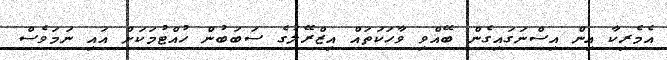
އެމެރިކާ އިން އިސްނަގައިގެން ބޭއްވި ވާހަކަތައް އިޒްރޭލުގެ ސަބަބުން ހުއްޓުމަކަށް އައި ނަމަވެސް